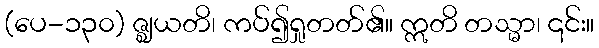
(ပေ-၁၃၀) ဇ္ဈယတိ၊ ကပ်၍ရှုတတ်၏။ ဣတိ တသ္မာ၊ ၎င်း။